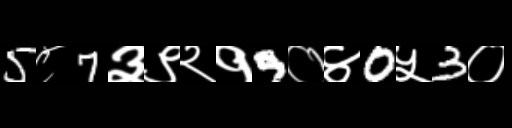
Text: 5८7३९२१9०४0५3०